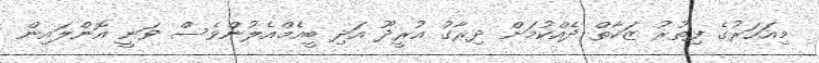
މިއަހަރުގެ ފިތުރު ޒަކާތް ދެއްކުމަށް ދިރާގު އުރީދޫ އަދި ބީއެމްއެލުންވެސް ވަނީ އޮންލައިން